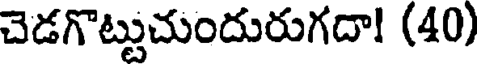
చెడగొట్టుచుందురుగదా! (40)